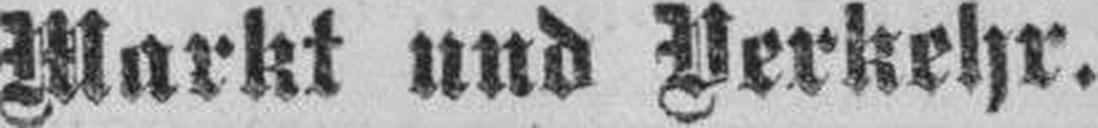
Markt und Verkehr.